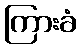
ကြားခံ